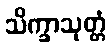
သိက္ခာသုတ္တံ